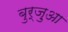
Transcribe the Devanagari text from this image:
बुर्ज़ुआ